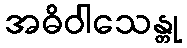
အဓိဝါသေန္တု